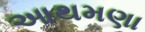
આથમણા